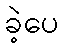
ခဲ့ပေ